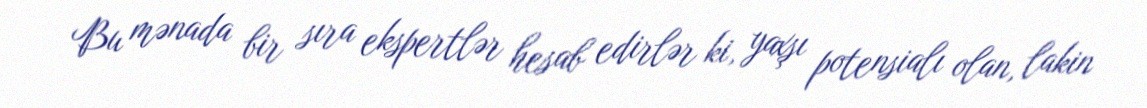
Bu mənada bir sıra ekspertlər hesab edirlər ki, yaxşı potensialı olan, lakin